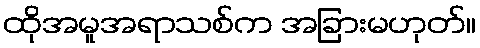
ထိုအမူအရာသစ်က အခြားမဟုတ်။